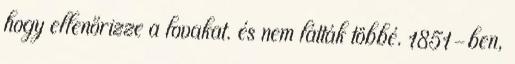
hogy ellenőrizze a lovakat. és nem látták többé. 1851-ben,